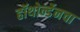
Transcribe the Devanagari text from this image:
हॉथोर्न्डेनचा